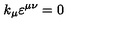
k _ { \mu } \varepsilon ^ { \mu \nu } = 0